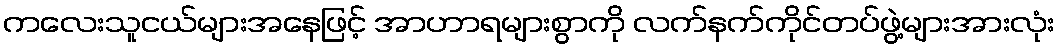
ကလေးသူငယ်များအနေဖြင့် အာဟာရများစွာကို လက်နက်ကိုင်တပ်ဖွဲ့များအားလုံး